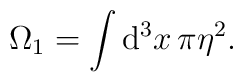
\Omega _{1}=\int \mathrm{d}^{3}x\,\pi \eta ^{2}.